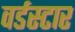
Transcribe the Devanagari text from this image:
वर्डस्‍टार